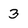
Character: 3